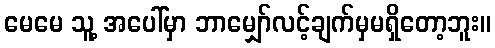
မေမေ သူ့ အပေါ်မှာ ဘာမျှော်လင့်ချက်မှမရှိတော့ဘူး။